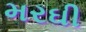
મરઘી